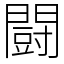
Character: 闘